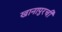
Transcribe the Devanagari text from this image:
खानापुरची